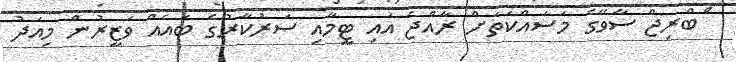
ްބްރިޖް ސާވޭގެ މަސައްކަތަށް ރާއްޖެ އައި ޓީމާއި ސަރުކާރުގެ ބައެއް ވަޒީރުން މިއަދު